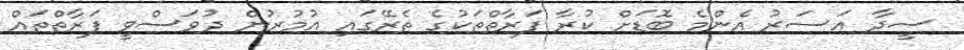
ސީދާ އަސަރު އެންމެ ބޮޑަށް ކުރާ ފަރާތްތަކުގެ ތެރޭގައި އުމުރުން ދުވަސްވީ ފަރާތްތައް